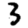
Digit: 3